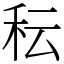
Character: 秐